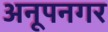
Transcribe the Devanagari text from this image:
अनूपनगर